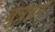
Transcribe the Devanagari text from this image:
वृत्रहन्